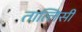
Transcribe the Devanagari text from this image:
तात्लिसी